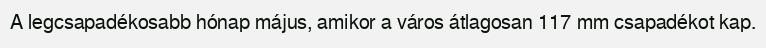
A legcsapadékosabb hónap május, amikor a város átlagosan 117 mm csapadékot kap.